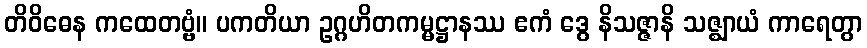
တိဝိဓေန ကထေတဗ္ဗံ။ ပကတိယာ ဥဂ္ဂဟိတကမ္မဋ္ဌာနဿ ဧကံ ဒွေ နိသဇ္ဇာနိ သဇ္ဈာယံ ကာရေတွာ